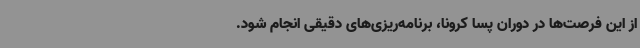
از این فرصت‌ها در دوران پسا کرونا، برنامه‌ریزی‌های دقیقی انجام شود.